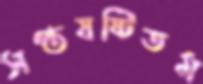
সপ্তষষ্টিতম